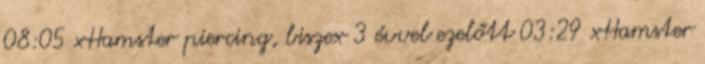
08:05 xHamster piercing, biszex 3 évvel ezelőtt 03:29 xHamster